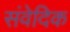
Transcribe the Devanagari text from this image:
संवेदिक